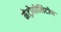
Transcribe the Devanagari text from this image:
मेट्रोपोलिटोण